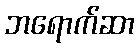
ဘရောက်ဆာ